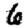
Digit: 6